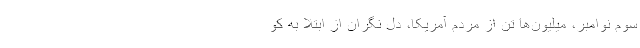
سوم نوامبر، میلیون‌ها تن از مردم آمریکا، دل‌ نگران از ابتلا به کو